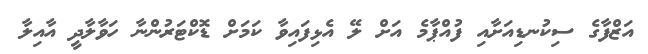
އަޒްފާގެ ސިކުނޑިއަށާއި ފުއްޕާމެ އަށް ލޭ އެޅިފައިވާ ކަމަށް ޑޮކްޓަރުންނާ ހަވާލާދީ އާއިލާ